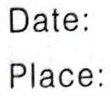
Date:

Place: